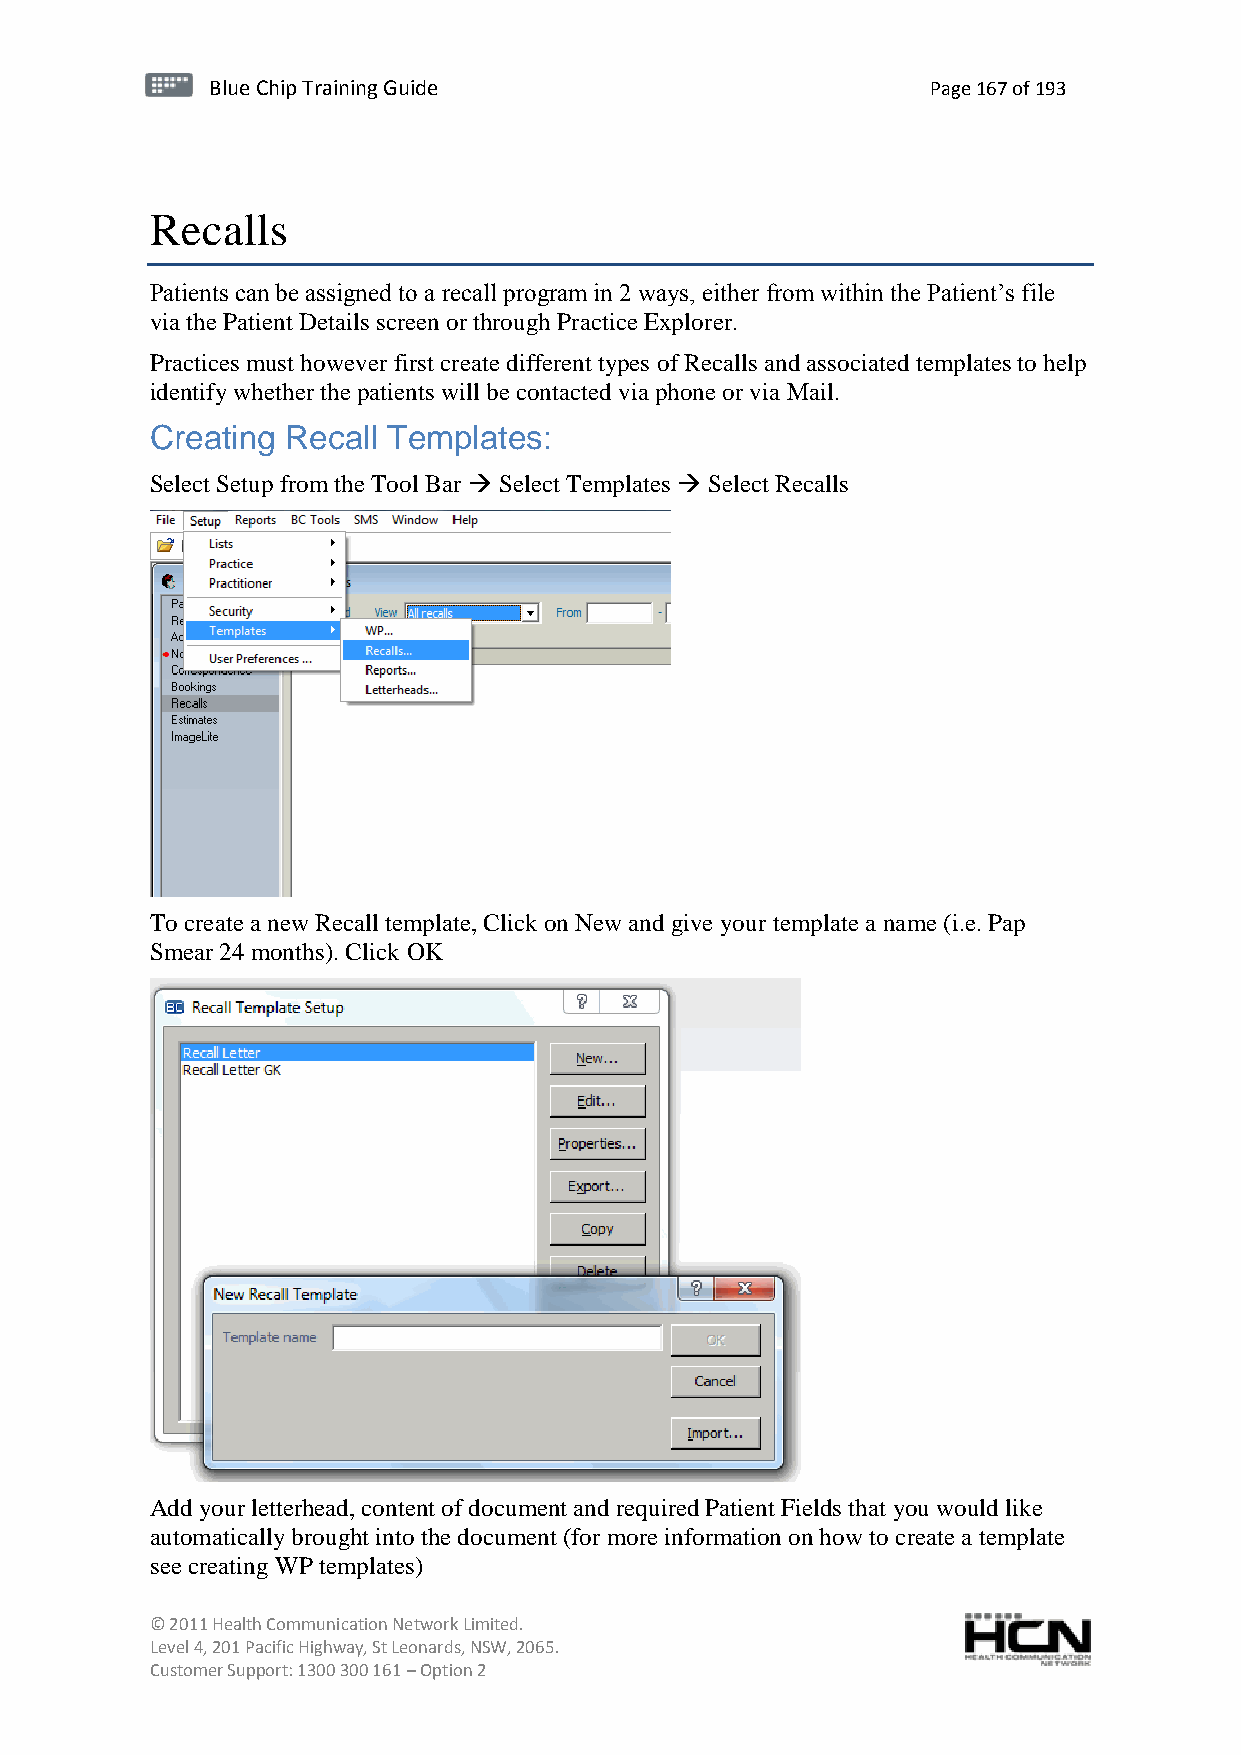
BBlluuee C Chihpi pTr Tairnainingi Gnugi dGeu ide Page 167 of 193
 Recalls
 Patients can be assigned to a recall program in 2 ways, either from within the Patient’s file
 via the Patient Details screen or through Practice Explorer.
 Practices must however first create different types of Recalls and associated templates to help
 identify whether the patients will be contacted via phone or via Mail.
 Creating Recall Templates:
 Select Setup from the Tool Bar  Select Templates  Select Recalls
 To create a new Recall template, Click on New and give your template a name (i.e. Pap
 Smear 24 months). Click OK
 Add your letterhead, content of document and required Patient Fields that you would like
 automatically brought into the document (for more information on how to create a template
 see creating WP templates)
 © 2011 Health Communication Network Limited.
 Level 4, 201 Pacific Highway, St Leonards, NSW, 2065.
 Customer Support: 1300 300 161 – Option 2